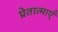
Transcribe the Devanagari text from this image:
प्रेतात्माएँ